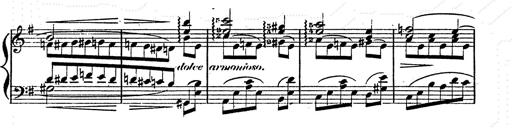
Title: Franz Schuberts geistliche Lieder
Composer: Franz Liszt